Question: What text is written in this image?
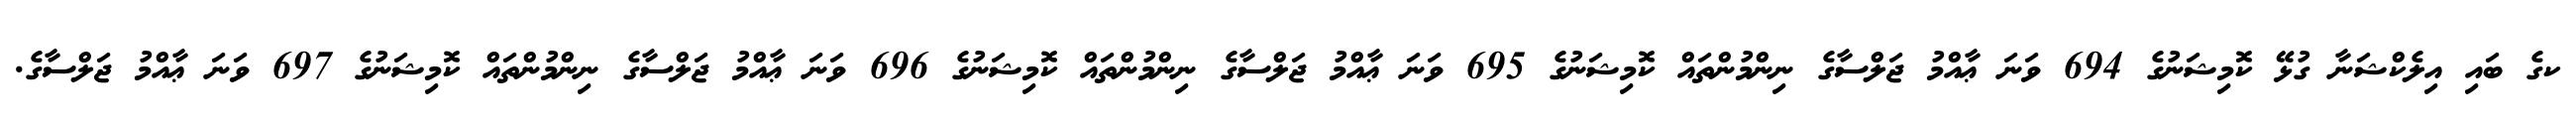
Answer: ކގެ ބައި އިލެކްޝަނާ ގުޅޭ ކޮމިޝަނުގެ 694 ވަނަ ޢާއްމު ޖަލްސާގެ ނިންމުންތައް ކޮމިޝަނުގެ 695 ވަނަ ޢާއްމު ޖަލްސާގެ ނިންމުންތައް ކޮމިޝަނުގެ 696 ވަނަ ޢާއްމު ޖަލްސާގެ ނިންމުންތައް ކޮމިޝަނުގެ 697 ވަނަ ޢާއްމު ޖަލްސާގެ.